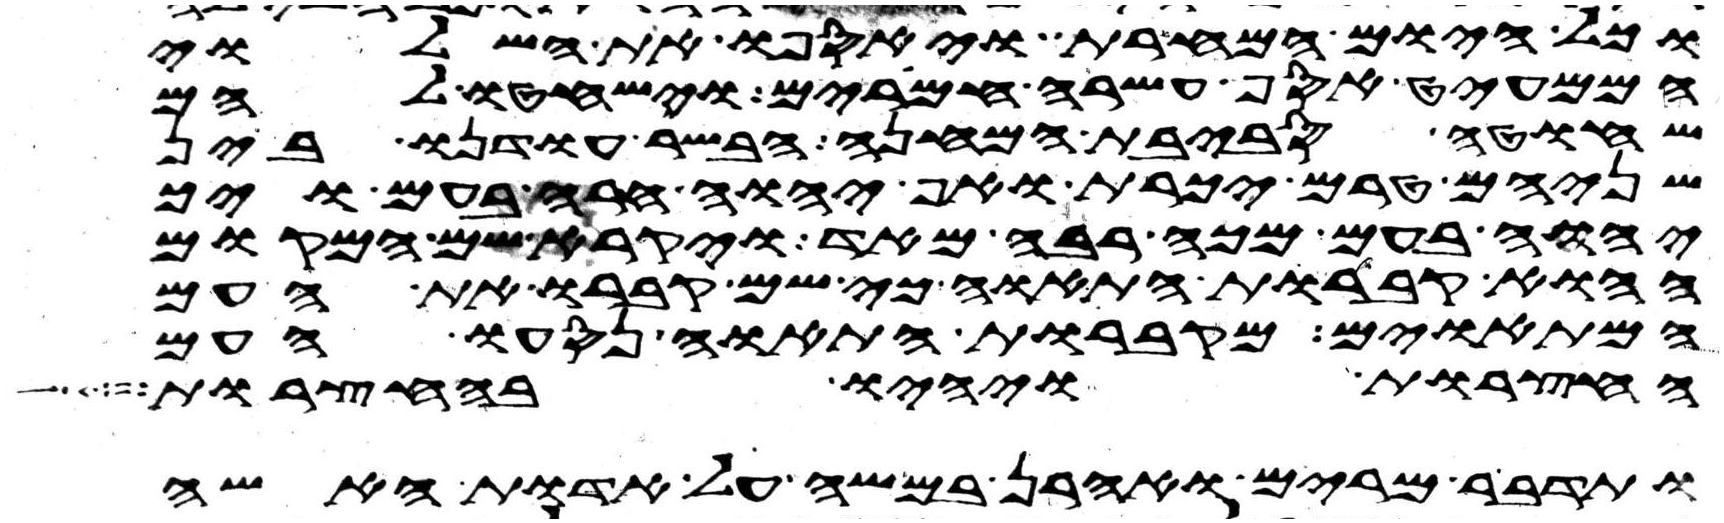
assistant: וכל היום המחרת ויאספו את השלוי
הממעיט אסף עשרה חמרים וישחטו להם
שחוט סביבת המחנה הבשר עודנו בין
שניהם טרם יכרת ואף יהוה חרה בעם ויך
יהוה בעם מכה רבה מאד ויקרא שם המקום
ההוא קברות התאוה כי שם קברו את העם
המתאוים מקברות התאוה נסעו העם
החצרות ויהיו בחצרות
ותדבר מרים ואהרן במשה על אדות האשה